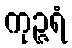
ကုဉ္ဇရံ